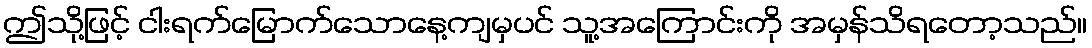
ဤသို့ဖြင့် ငါးရက်မြောက်သောနေ့ကျမှပင် သူ့အကြောင်းကို အမှန်သိရတော့သည်။